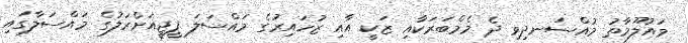
މައުލޫމާތު މުއްސަނދިވި ދެ މެމްބަރަކާއި ޒަކީ އާއި ޒުހައިރުގެ މައްސަލަ ޕީޖީއަށްރަލުގެ މައްސަލާގައި